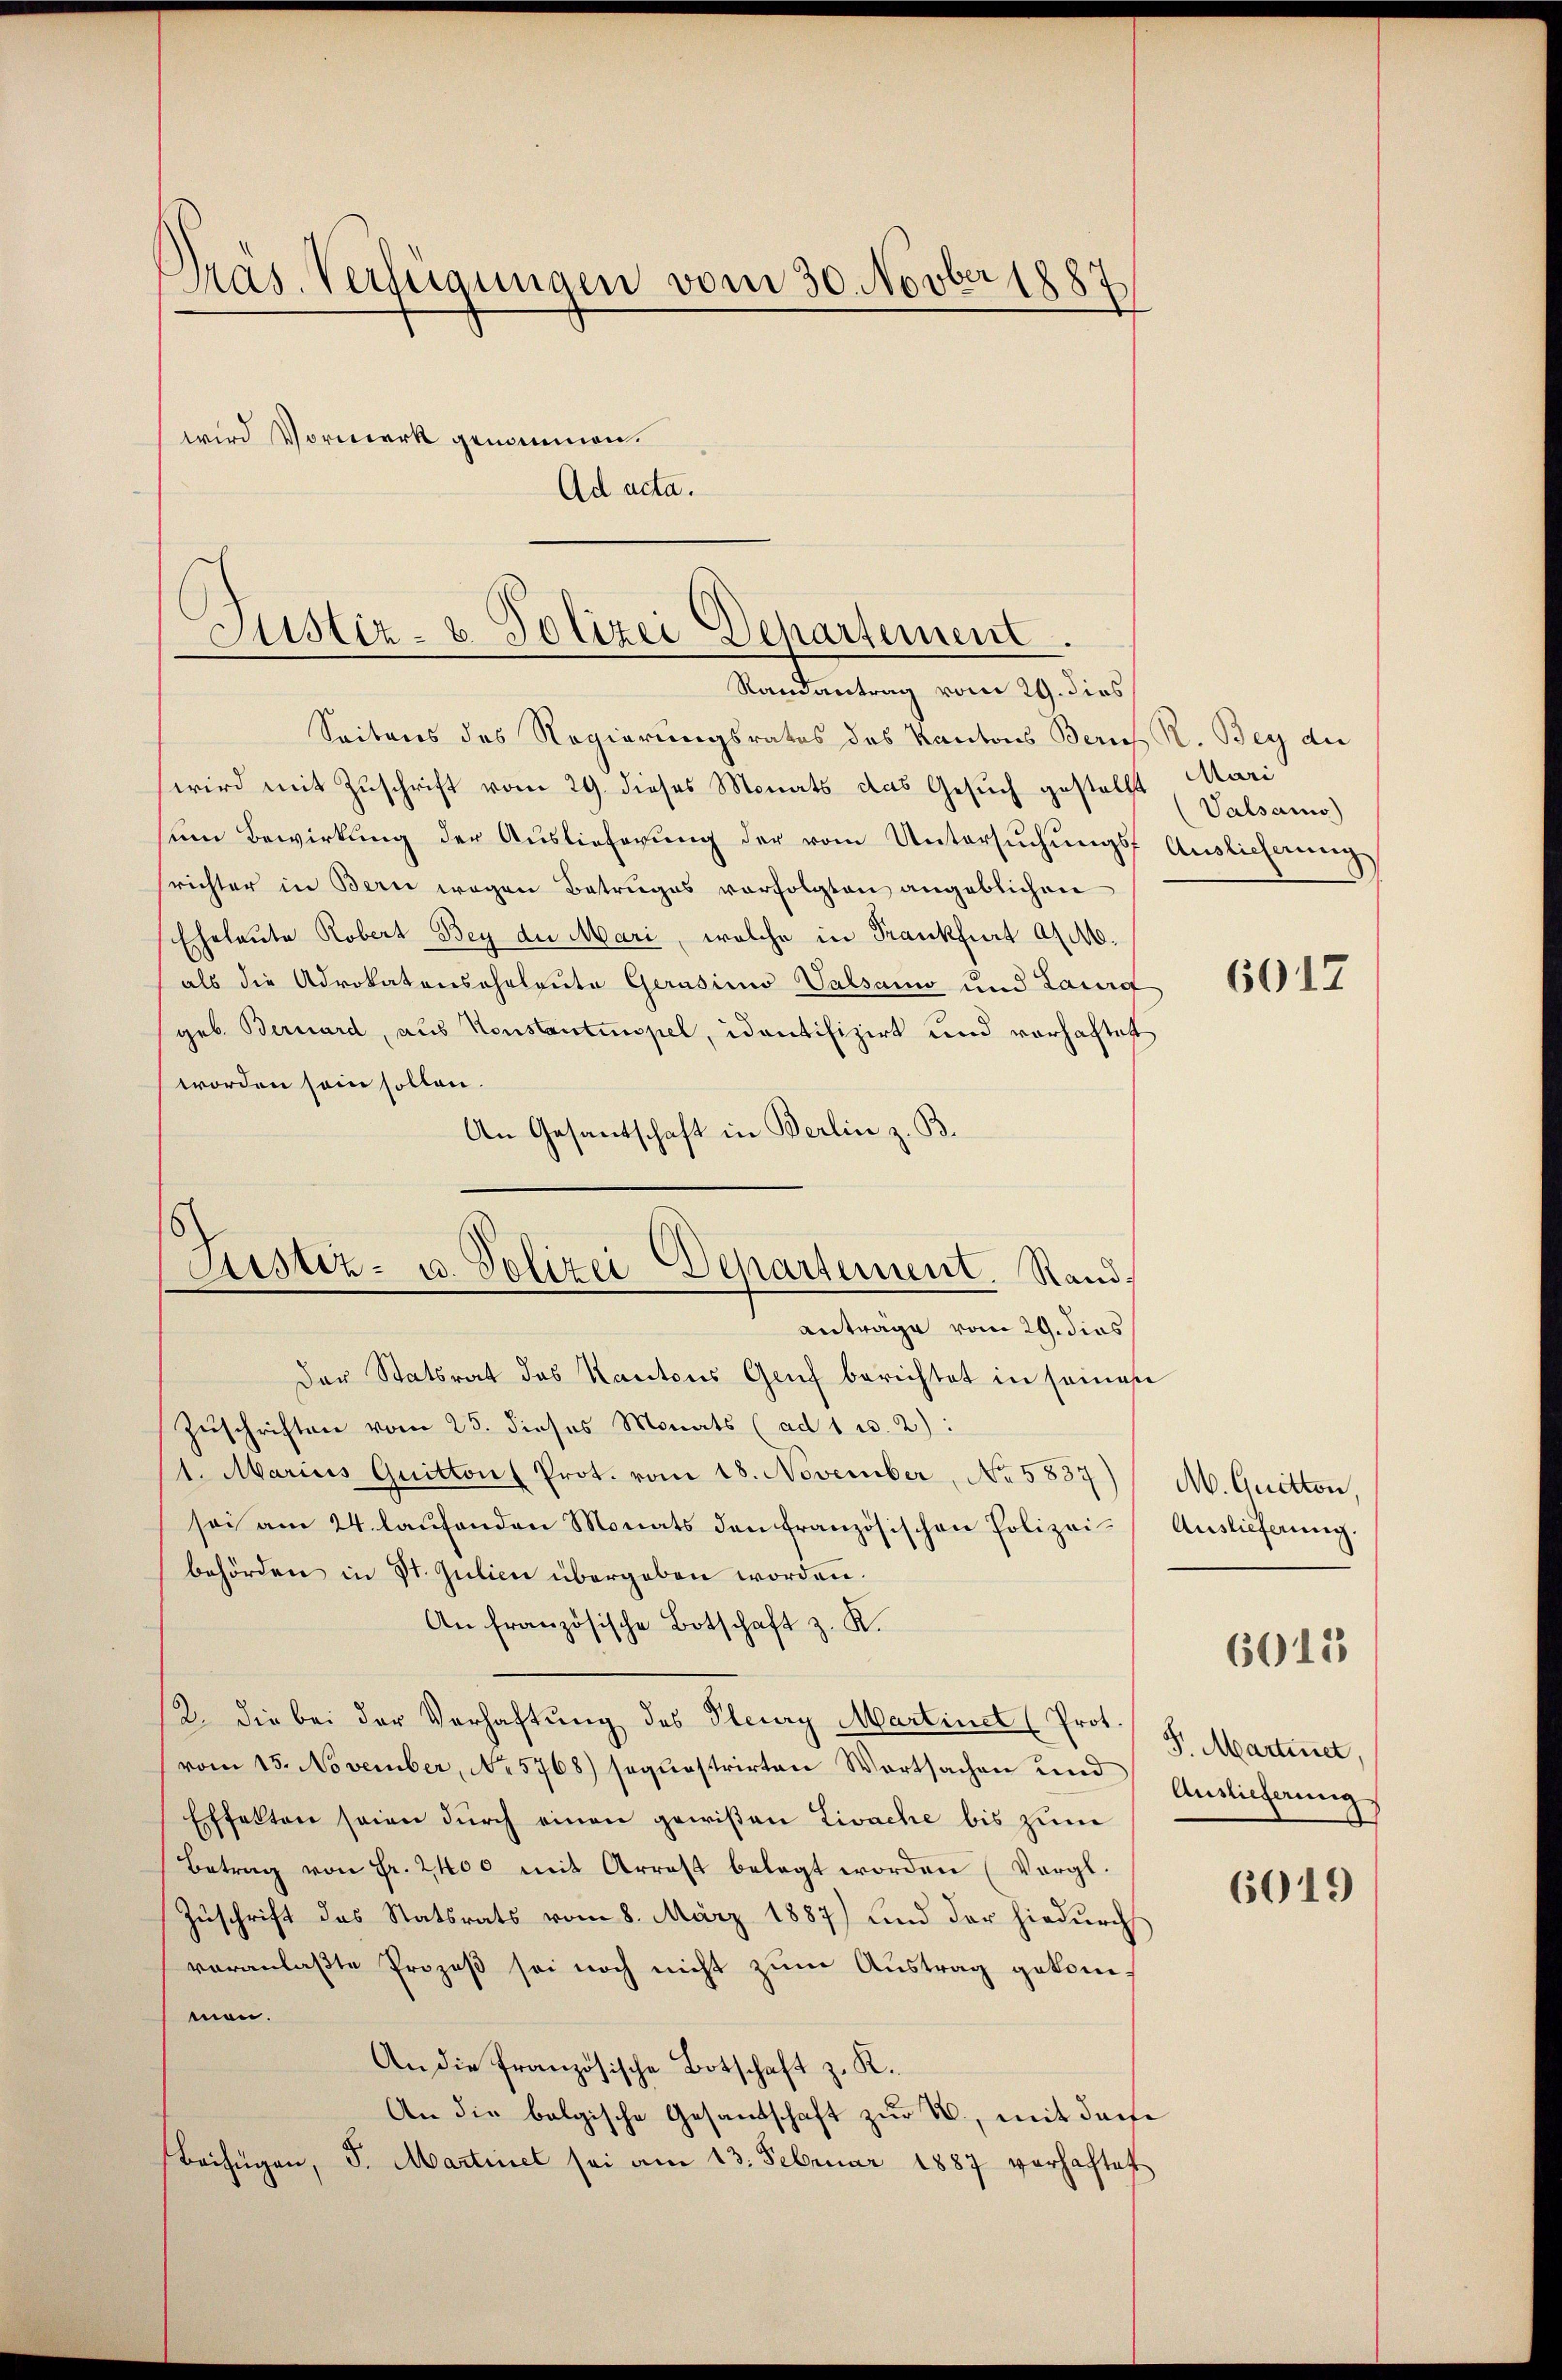
Pras. Verfügungen vom 30. Novber 1887.

wird Vormerk genommen.
Ad acta.

Justiz- & Polizei Departement.
Randantrag vom 29. dies

Justiz- u. Polizei-Departement. Randanträge vom 29. dies

Seitens des Regierungsrates des Kantons Zürich R. Bey der
wird mit Zuschrift vom 29. dieses Monats das Gesuch gestellt Mari
sum Bewirkung der Auslieferung der vom Untersuchungs- Auslieferung
srichter in Bern wegen Betruges verfolgten angeblichen
Eheleute Robert Bey der Mari, welche in Frankfurt a/M.
als die Advokatenscheleute Gerasimi Valsaun und Laurg 150047
geb. Bernard, aus Konstantinopel, identifizirt und vorhaftet
worden sein sollen.
An Gesandschaft in Berlin z. B.
Der Statsrat des Kantons Genf berichtet in seinen
Zuschriften vom 25. dieses Monats (ad 1 c. 2):
1. Marius Quitton Prot. vom 18. November, No 5837) / M. Quitton.
sei am 24. laŭfenden Monats den französischen Polizei- Auslieferŭng.
behörden in St. Gutien übergeben worden.
An französische Botschaft z. K.
12. die bei der Verhaftung des Pleury Martinet (Prot. S. Martinet,
vom 15. November, No 5768) sequestrirten Wortsachen und Auslieferung
Effelten seien durch einen gewißen Livache bis zum
Betrag von Fr. 2400 mit Arrest belegt worden (Vergl.
Zuschrift das Statsrats vom 8. März 1887) und der hiedurch
veranlaßte Prozeß sei noch nicht zum Austrag gekommen.
An die französische Botschaft z. K.
An die belgische Gesandschaft zur N., mit derse
Beifügen, S. Martinet sei am 13. Februar 1887 verhaftet

Valsamo)

6013

6019